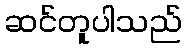
ဆင်တူပါသည်